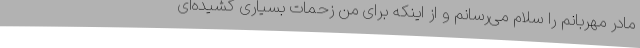
مادر مهربانم را سلام می‌رسانم و از اینکه برای من زحمات بسیاری کشیده‌ای